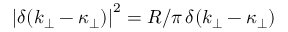
\left| \delta ( k _ { \perp } - \kappa _ { \perp } ) \right| ^ { 2 } = R / \pi \, \delta ( k _ { \perp } - \kappa _ { \perp } )